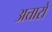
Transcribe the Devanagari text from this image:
अत्तारों